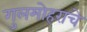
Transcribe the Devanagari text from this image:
गुलमोहराचे